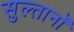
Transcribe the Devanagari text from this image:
सुल्तानॉ